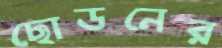
ছোডনের